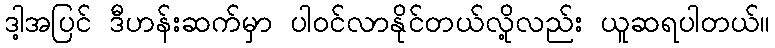
ဒါ့အပြင် ဒီဟန်းဆက်မှာ ပါဝင်လာနိုင်တယ်လို့လည်း ယူဆရပါတယ်။